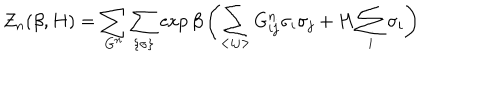
Z _ { n } ( \beta , H ) = \sum _ { G ^ { n } } \sum _ { \{ \sigma \} } \exp \beta \left( \sum _ { < i j > } G _ { i j } ^ { n } \sigma _ { i } \sigma _ { j } + H \sum _ { i } \sigma _ { i } \right)